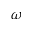
\omega